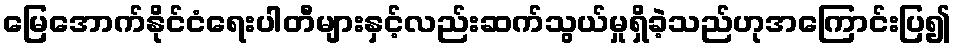
မြေအောက်နိုင်ငံရေးပါတီများနှင့်လည်းဆက်သွယ်မှုရှိခဲ့သည်ဟုအကြောင်းပြ၍